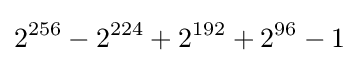
2^{256}-2^{224}+2^{192}+2^{96}-1